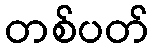
တစ်ပတ်